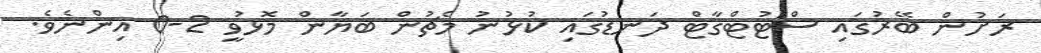
ރަށުން ބޭރުގައި ސްޓުޓްގާޓް ދަނޑުގައި ކުޅުނު މެޗުން ބަޔާން މޮޅުވީ 2-0 އިންނެވެ.